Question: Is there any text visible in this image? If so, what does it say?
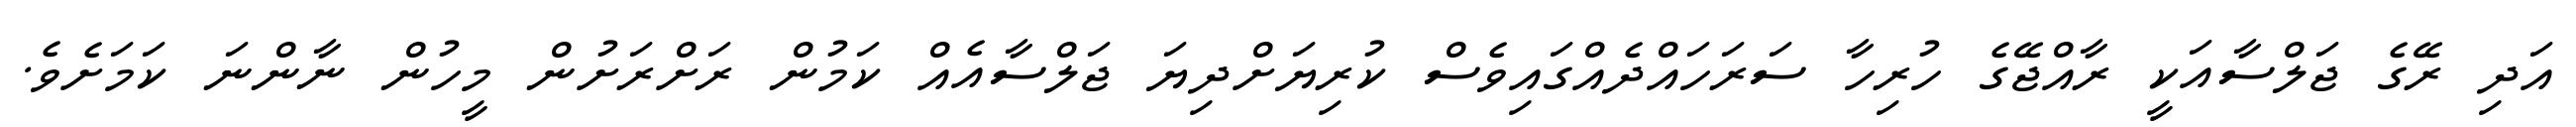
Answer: އަދި ރޭގެ ޖަލްސާއަކީ ރާއްޖޭގެ ހުރިހާ ސަރަހައްދެއްގައިވެސް ކުރިޔަށްދިޔަ ޖަލްސާއެއް ކަމުން ރަށްރަށުން މީހުން ނާންނަ ކަމަށެވެ.